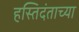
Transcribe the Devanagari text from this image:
हस्तिदंताच्या